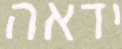
ידאה